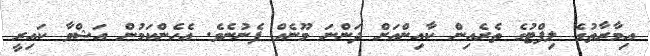
އިމާރާތުގެ ލިފްޓުގެ ތެރެއިން ކާއިންއަށް ދަންނަ މޫނެއް ފެނުނެވެ. އެހެންކަމުން އަޝްވާ ކައިރީ